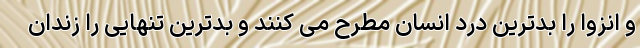
و انزوا را بدترین درد انسان مطرح می کنند و بدترین تنهایی را زندان